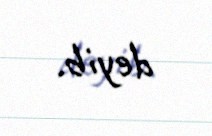
deyib.